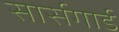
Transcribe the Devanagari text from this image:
सार्सगार्ड